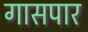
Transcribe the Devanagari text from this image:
गासपार